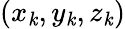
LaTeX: (x_{\mathit{k}},y_{\mathit{k}},z_{\mathit{k}})